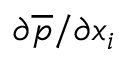
{ \partial \overline { { p } } } / { \partial x _ { i } }